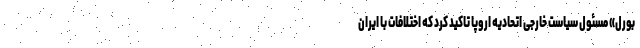
بورل» مسئول سیاست خارجی اتحادیه اروپا تاکید کرد که اختلافات با ایران